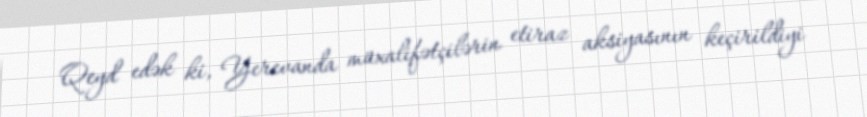
Qeyd edək ki, Yerevanda müxalifətçilərin etiraz aksiyasının keçirildiyi